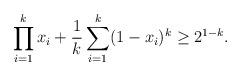
LaTeX: \begin{align*}\prod_{i=1}^k x_i + \frac 1k \sum_{i=1}^k (1-x_i)^k \geq 2^{1-k}.\end{align*}